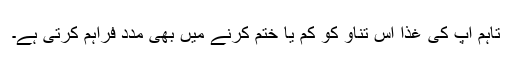
تاہم آپ کی غذا اس تناؤ کو کم یا ختم کرنے میں بھی مدد فراہم کرتی ہے۔